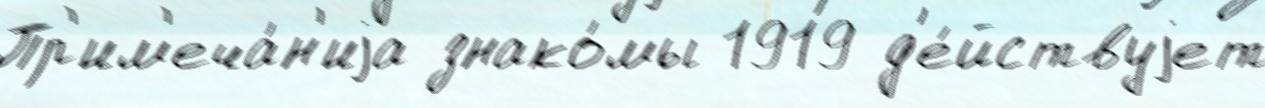
Пр'им'еча́н'иjа знако́мы 1919 д'е́йствуjет